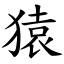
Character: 猿